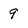
Character: 9